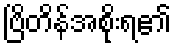
ဗြိတိန်အစိုးရ၏